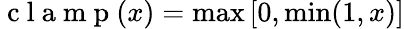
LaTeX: \mathrm{~c~l~a~m~p~}(x)=\operatorname*{max}\left[0,\operatorname*{min}(1,x)\right]